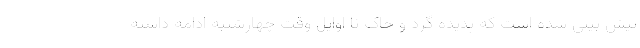
پیش بینی شده است که پدیده گرد و خاک تا اوایل وقت چهارشنبه ادامه داشته